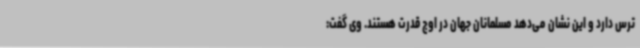
ترس دارد و این نشان می‌دهد مسلمانان جهان در اوج قدرت هستند. وی گفت: